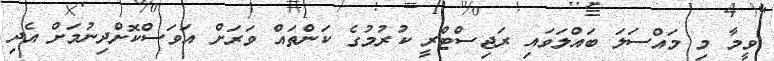
ވީމާ މި މައްސަލަ ބައްލަވައި ރަޖިސްޓްރީ ކުރުމުގެ ކަންތައް ވަރަށް އަވަސްކޮށްދިނުމަށް އެދި